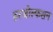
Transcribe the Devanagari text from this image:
हरजोल्फसन